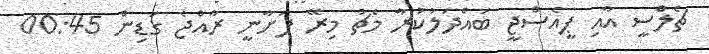
ޗެލްސީ އާއި ޕީއެސްޖީ ބައްދަލުކުރާ މެޗު މިރޭ ފަށާނީ ރާއްޖެ ގަޑިން 00:45